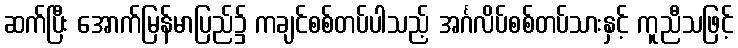
ဆက်ပြီး အောက်မြန်မာပြည်၌ ကချင်စစ်တပ်ပါသည့် အင်္ဂလိပ်စစ်တပ်သားနှင့် ကူညီသဖြင့်